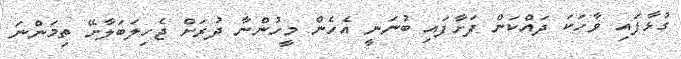
ގުޅާފައި ވާހަކަ ދައްކަން ފަށާފައި ބުނަނީ އެހެން މީހުންނާ ދުރަށް ޖެހިލަބަލާށޭ ތިމަންނަ